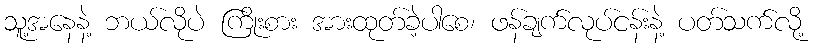
သူ့အနေနဲ့ ဘယ်လိုပဲ ကြိုးစား အားထုတ်ခဲ့ပါစေ၊ ဖန်ချက်လုပ်ငန်းနဲ့ ပတ်သက်လို့